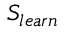
S _ { l e a r n }